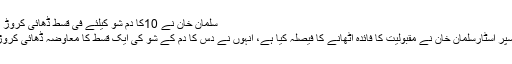
سلمان خان نے 10کا دم شو کیلئے فی قسط ڈھائی کروڑ معاوضہ مانگ لیا
ممبئی …بالی وُڈ سپر اسٹارسلمان خان نے مقبولیت کا فائدہ اٹھانے کا فیصلہ کیا ہے، انہوں نے دس کا دم کے شو کی ایک قسط کا معاوضہ ڈھائی کروڑ روپے مانگ لیا۔